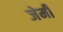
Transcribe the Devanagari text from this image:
जेर्मी